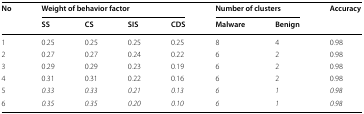
<table><thead><tr><td rowspan="2"><b>No</b></td><td colspan="4"><b>Weight of behavior factor</b></td><td colspan="2"><b>Number of clusters</b></td><td rowspan="2"><b>Accuracy</b></td></tr><tr><td><b>SS</b></td><td><b>CS</b></td><td><b>SIS</b></td><td><b>CDS</b></td><td><b>Malware</b></td><td><b>Benign</b></td></tr></thead><tbody><tr><td>1</td><td>0.25</td><td>0.25</td><td>0.25</td><td>0.25</td><td>8</td><td>4</td><td>0.98</td></tr><tr><td>2</td><td>0.27</td><td>0.27</td><td>0.24</td><td>0.22</td><td>6</td><td>2</td><td>0.98</td></tr><tr><td>3</td><td>0.29</td><td>0.29</td><td>0.23</td><td>0.19</td><td>6</td><td>2</td><td>0.98</td></tr><tr><td>4</td><td>0.31</td><td>0.31</td><td>0.22</td><td>0.16</td><td>6</td><td>2</td><td>0.98</td></tr><tr><td>5</td><td><i>0.33</i></td><td><i>0.33</i></td><td><i>0.21</i></td><td><i>0.13</i></td><td><i>6</i></td><td><i>1</i></td><td><i>0.98</i></td></tr><tr><td>6</td><td><i>0.35</i></td><td><i>0.35</i></td><td><i>0.20</i></td><td><i>0.10</i></td><td><i>6</i></td><td><i>1</i></td><td><i>0.98</i></td></tr></tbody></table>